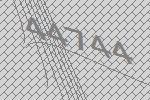
44744